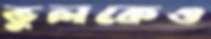
ভুলকেও